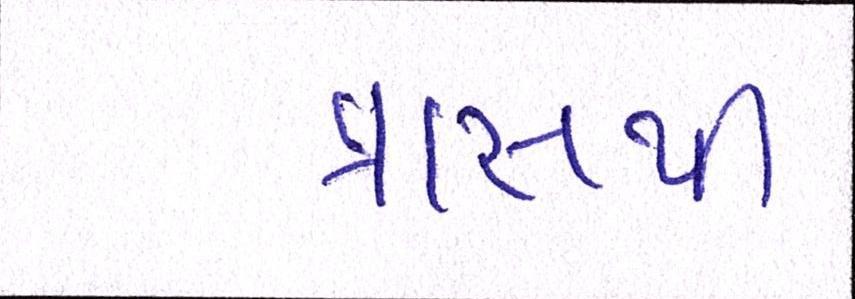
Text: ત્રાસથી